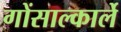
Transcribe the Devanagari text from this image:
गोंसाल्कार्ले